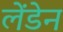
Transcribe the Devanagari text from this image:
लेंडेन